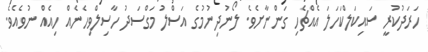
ހަރަދުކުރީ ސައިކަލްކަހަލަ އެއްޗެހި ގަންނާށެވެ. ލޯނުދިނުމުގެ އަސްލު މަގްސަދު ހާސިލްވިހެނެއް ހިއެއް ނުވެއެވެ.